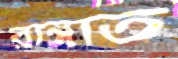
রাঙ্গাত